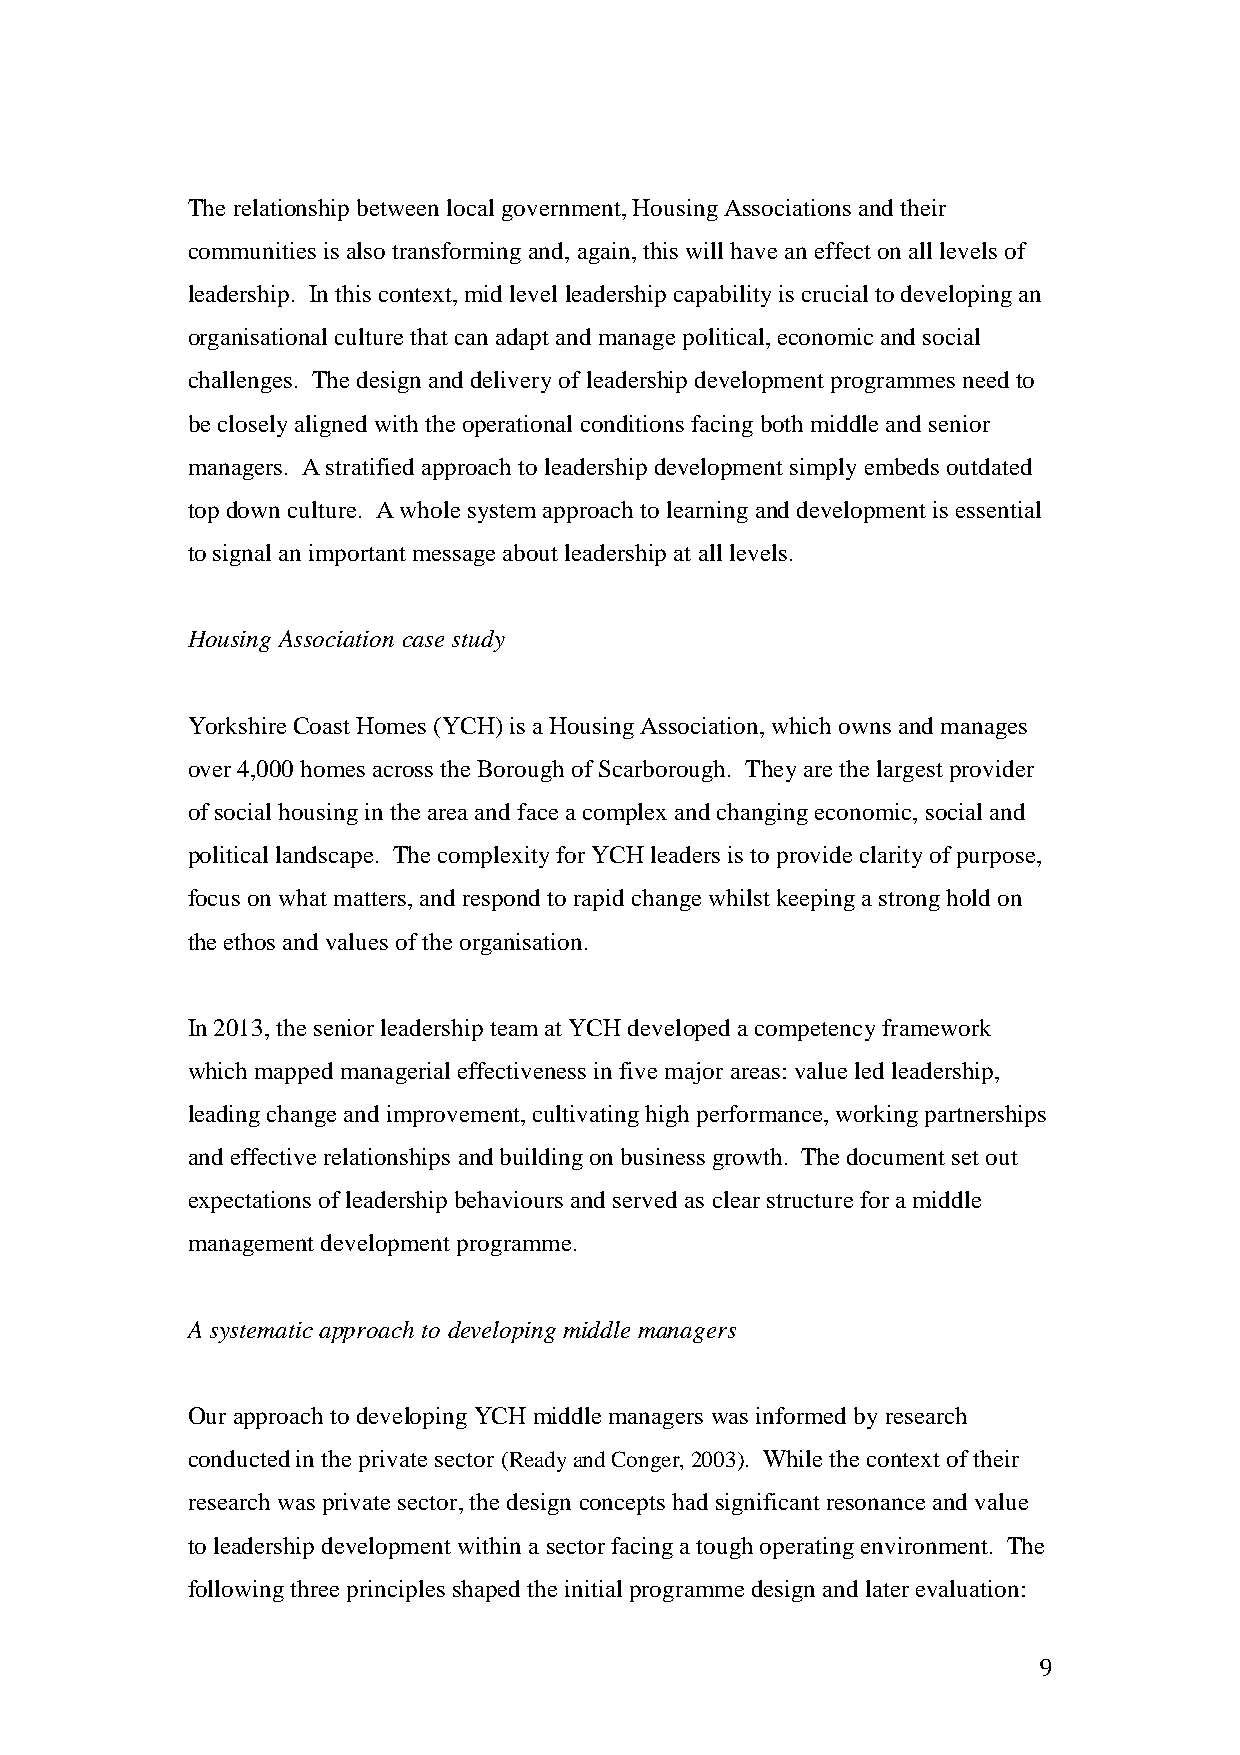
The relationship between local government, Housing Associations and their
 communities is also transforming and, again, this will have an effect on all levels of
 leadership. In this context, mid level leadership capability is crucial to developing an
 organisational culture that can adapt and manage political, economic and social
 challenges. The design and delivery of leadership development programmes need to
 be closely aligned with the operational conditions facing both middle and senior
 managers. A stratified approach to leadership development simply embeds outdated
 top down culture. A whole system approach to learning and development is essential
 to signal an important message about leadership at all levels.
 Housing Association case study
 Yorkshire Coast Homes (YCH) is a Housing Association, which owns and manages
 over 4,000 homes across the Borough of Scarborough. They are the largest provider
 of social housing in the area and face a complex and changing economic, social and
 political landscape. The complexity for YCH leaders is to provide clarity of purpose,
 focus on what matters, and respond to rapid change whilst keeping a strong hold on
 the ethos and values of the organisation.
 In 2013, the senior leadership team at YCH developed a competency framework
 which mapped managerial effectiveness in five major areas: value led leadership,
 leading change and improvement, cultivating high performance, working partnerships
 and effective relationships and building on business growth. The document set out
 expectations of leadership behaviours and served as clear structure for a middle
 management development programme.
 A systematic approach to developing middle managers
 Our approach to developing YCH middle managers was informed by research
 conducted in the private sector (Ready and Conger, 2003). While the context of their
 research was private sector, the design concepts had significant resonance and value
 to leadership development within a sector facing a tough operating environment. The
 following three principles shaped the initial programme design and later evaluation:
 9